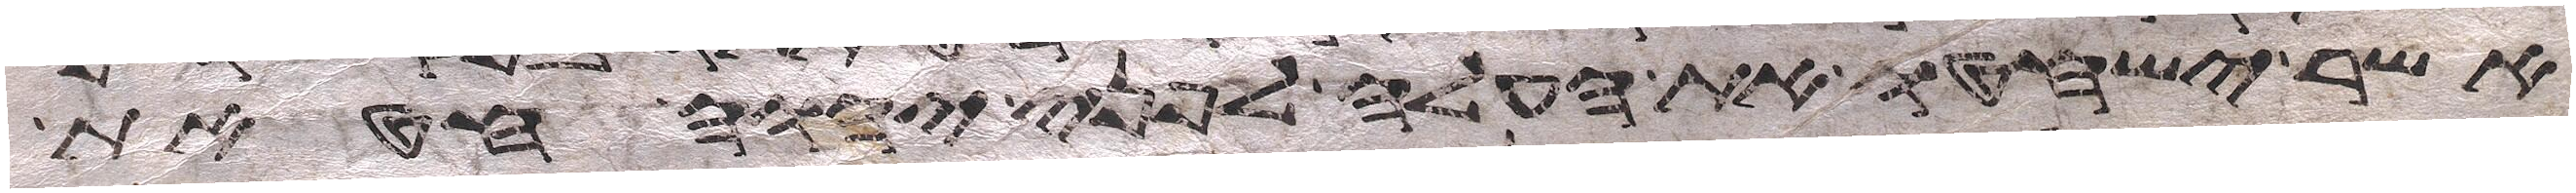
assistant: אשר ישחטו את העלה לפני יהוה חטאת